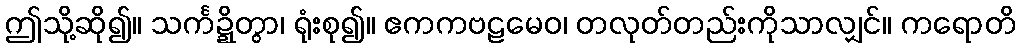
ဤသို့ဆို၍။ သင်္ကဍ္ဍိတွာ၊ ရုံးစု၍။ ဧကကဗဠမေဝ၊ တလုတ်တည်းကိုသာလျှင်။ ကရောတိ